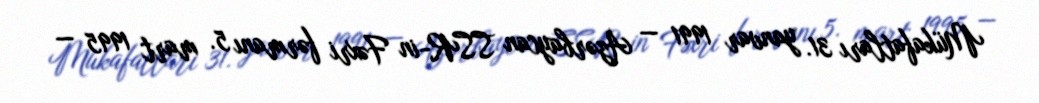
Mükafatları 31. yanvar 1991 — Azərbaycan SSR-in Fəxri fərmanı 5. mart 1995 —